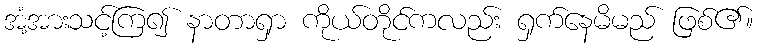
အံ့အားသင့်ကြ၍ နာတာရှာ ကိုယ်တိုင်ကလည်း ရှက်နေမိမည် ဖြစ်၏။